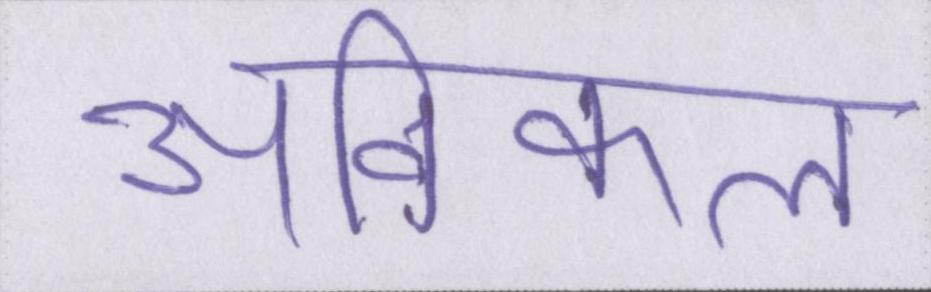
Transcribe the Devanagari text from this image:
अविकल